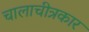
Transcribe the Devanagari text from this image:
चालाचीत्रकार